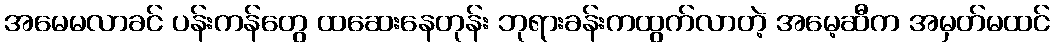
အမေမလာခင် ပန်းကန်တွေ ထဆေးနေတုန်း ဘုရားခန်းကထွက်လာတဲ့ အမေ့ဆီက အမှတ်မထင်